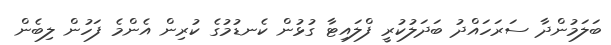
ބަލަމުންދާ ސަރަހައްދު ބަދަލުކުރީ ފްލައިޓާ ގުޅުން ކެނޑުމުގެ ކުރިން އެންމެ ފަހުން ލިބެން